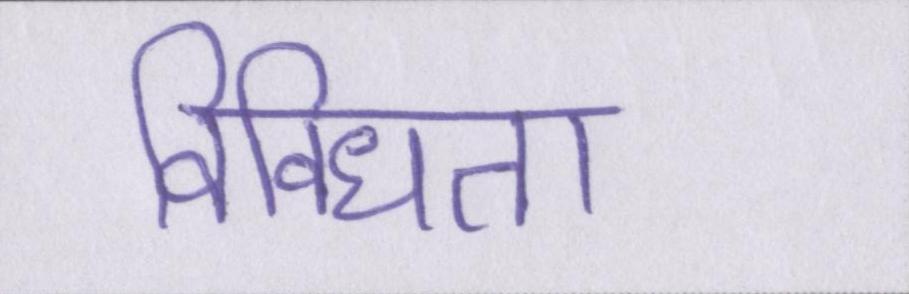
विविधता